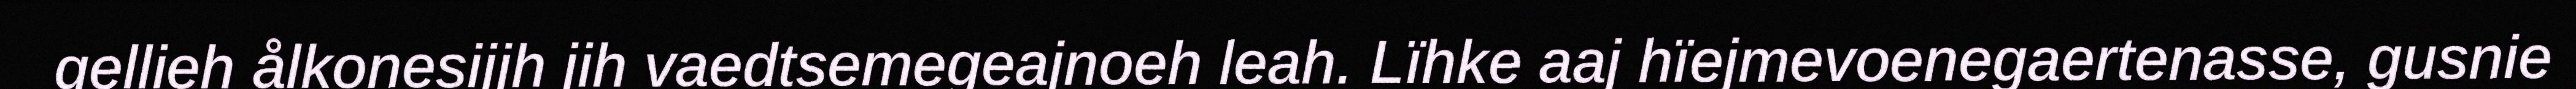
gellieh ålkonesijjh jih vaedtsemegeajnoeh leah. Lïhke aaj hïejmevoenegaertenasse, gusnie